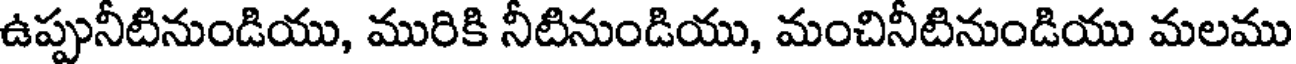
ఉప్పునీటినుండియు, మురికి నీటినుండియు, మంచినీటినుండియు మలము